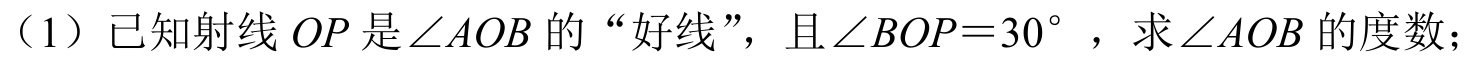
（1）已知射线\(OP\)是\(\angle AOB\)的“好线”，且\(\angle BOP = 30^{\circ}\)，求\(\angle AOB\)的度数；